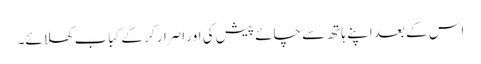
اس کے بعد اپنے ہاتھ سے چائے پیش کی اور اصرار کر کے کباب کھلائے۔